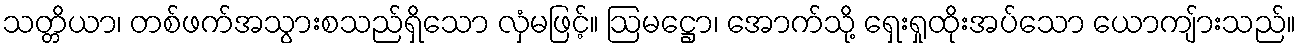
သတ္တိယာ၊ တစ်ဖက်အသွားစသည်ရှိသော လှံမဖြင့်။ ဩမဋ္ဌော၊ အောက်သို့ ရှေးရှုထိုးအပ်သော ယောကျ်ားသည်။